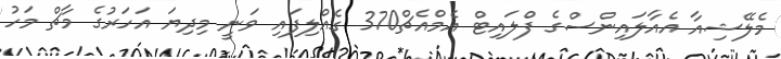
މެލޭޝިއާ އެއާލައިންސްގެ ފްލައިޓް އެމްއެޗް370 ގެއްލިފައި ވަނީ މިދިޔަ އަހަރުގެ މާޗް މަހު